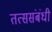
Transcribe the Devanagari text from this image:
तत्ससंबंधी